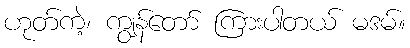
ဟုတ်ကဲ့၊ ကျွန်တော် ကြားပါတယ် မဒမ်။